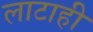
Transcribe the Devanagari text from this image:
लाटाही